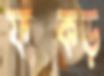
ফক্কড়